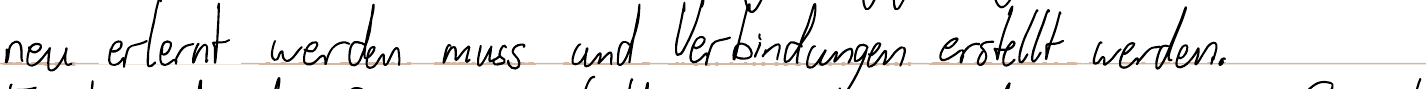
neu erlernt werden muss und Verbindungen erstellt werden.